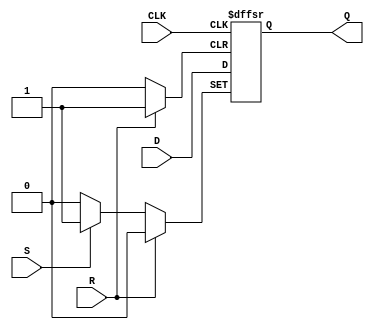
module d_flip_flop (
    input D,
    input CLK,
    input R,
    input S,
    output reg Q
);

always @(posedge CLK or posedge R or posedge S) begin
    if (R) begin
        Q <= 1'b0;
    end else if (S) begin
        Q <= 1'b1;
    end else begin
        Q <= D;
    end
end

endmodule